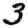
Digit: 3